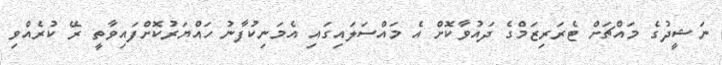
ނަޝީދުގެ މައްޗަށް ޓެރަރިޒަމްގެ ދައުވާކޮށް އެ މައްސަލައިގައި އެމަނިކުފާނު ހައްޔަރުކޮށްފައިވާތީ ރޭ ކުރެއްވި